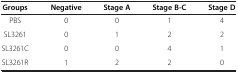
<table><thead><tr><td><b>Groups</b></td><td><b>Negative</b></td><td><b>Stage A</b></td><td><b>Stage B-C</b></td><td><b>Stage D</b></td></tr></thead><tbody><tr><td>PBS</td><td>0</td><td>0</td><td>1</td><td>4</td></tr><tr><td>SL3261</td><td>0</td><td>1</td><td>2</td><td>2</td></tr><tr><td>SL3261C</td><td>0</td><td>0</td><td>4</td><td>1</td></tr><tr><td>SL3261R</td><td>1</td><td>2</td><td>2</td><td>0</td></tr></tbody></table>